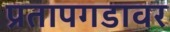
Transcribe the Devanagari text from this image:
प्रतापगडावर